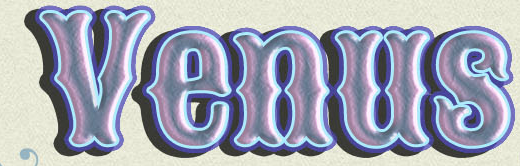
Venus